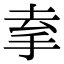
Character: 𢫀